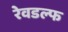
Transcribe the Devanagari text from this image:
रेवडल्फ